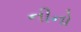
નીનો